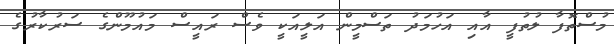
މުސްތޮފާ ލުތުފީ އާއި އަހުމަދު ތަސްމީން އަލީއަކީ ވެސް ރައީސް މައުމޫންގެ ސަރުކާރުގެ